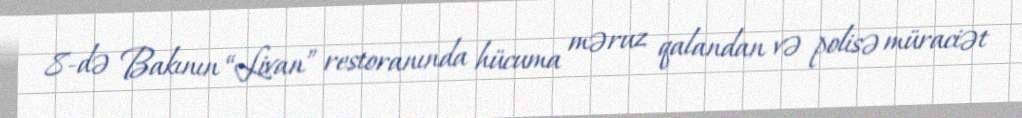
8-də Bakının “Livan” restoranında hücuma məruz qalandan və polisə müraciət